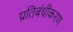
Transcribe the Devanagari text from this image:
प्रतिबंधीकरण